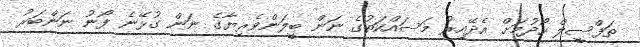
ތަފްސީލް ހޯދުމަށް އެދޭއިރު މަސައްކަތުގެ ނަން ބީލަންވެރިޔާގެ ނަން ގުޅޭނެ ފޯނު ނަންބަރު